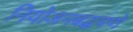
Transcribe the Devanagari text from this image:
नियोजनबद्धपणे